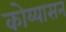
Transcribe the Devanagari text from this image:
कोय्यासन